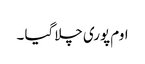
اوم پوری چلا گیا ۔